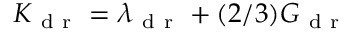
K _ { \mathrm { ~ d ~ r ~ } } = \lambda _ { \mathrm { ~ d ~ r ~ } } + ( 2 / 3 ) G _ { \mathrm { ~ d ~ r ~ } }